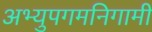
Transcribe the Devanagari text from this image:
अभ्युपगमनिगामी